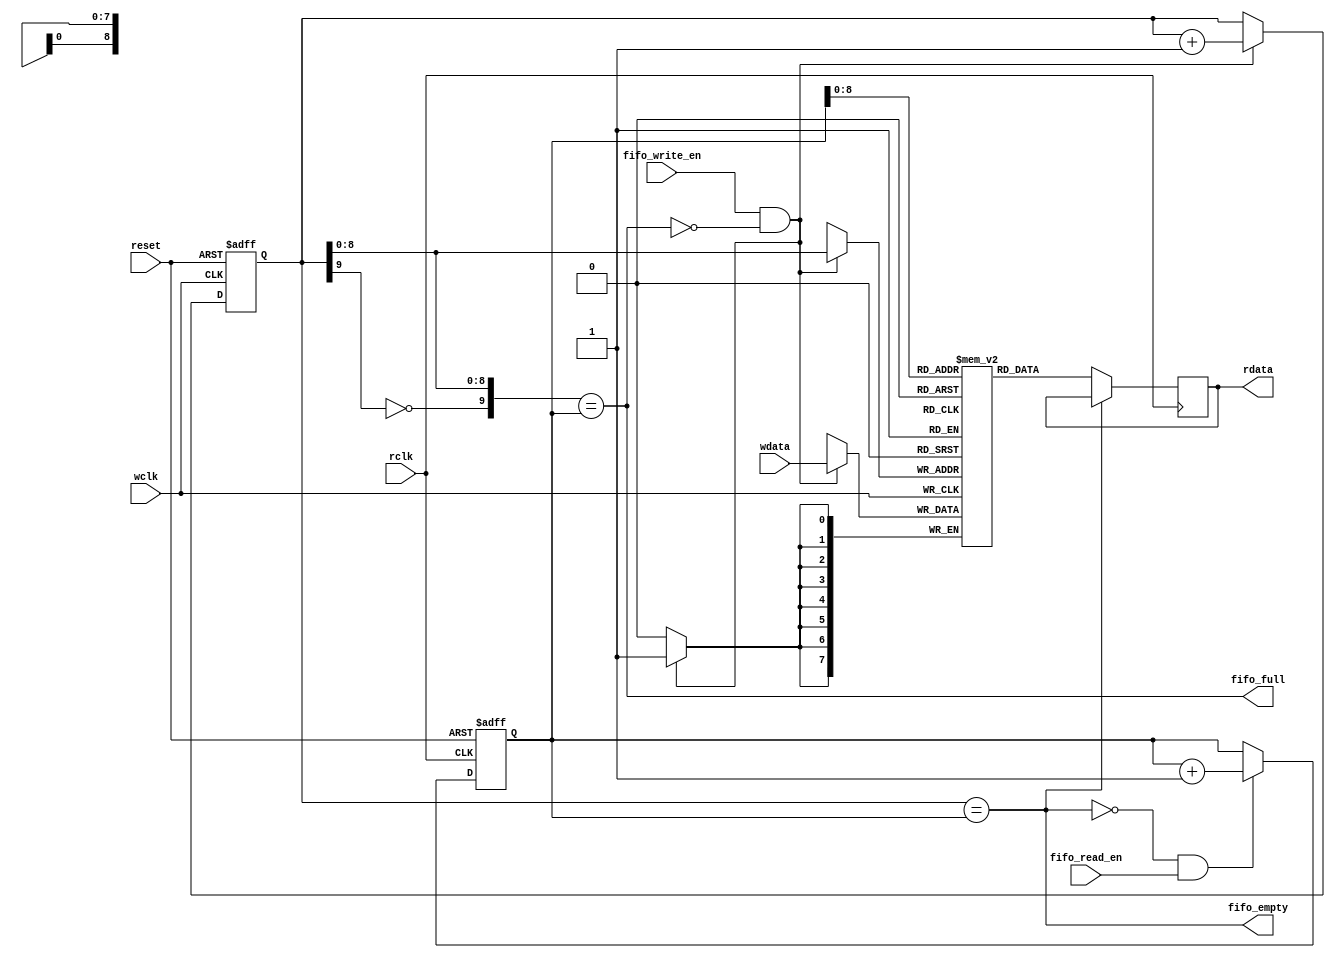
// Code your design here
`ifndef FIFO
`define FIFO


`define BUF_WIDTH 9
`define BUF_SIZE 1<<`BUF_WIDTH

module FIFO(wclk, rclk, fifo_write_en, fifo_read_en, wdata, rdata, fifo_full, fifo_empty, reset );
    input wire wclk, rclk, fifo_read_en, fifo_write_en, reset;
    output wire fifo_empty, fifo_full;

    reg [`BUF_WIDTH: 0] radd = 0;
    reg [`BUF_WIDTH: 0] wadd = 0;
    input wire [7:0] wdata;
    output reg [7:0] rdata;

    reg [7:0] mem[0:`BUF_SIZE -1];

    wire sysclk;
    
    assign sysclk = (rclk || wclk);

  	assign fifo_empty = (wadd == radd);
  	assign fifo_full = ({~wadd[`BUF_WIDTH],wadd[`BUF_WIDTH -1: 0]} == radd);

    always @( posedge rclk) begin
		if (!fifo_empty)
           rdata <= mem[radd];
    end

    always @( posedge wclk) begin
        if (fifo_write_en && !fifo_full)
            mem[wadd] <= wdata;
    end

    always @( posedge rclk or posedge reset) begin
        if (reset)
            radd <= 0;
        else
        if (!fifo_empty && fifo_read_en) radd <= radd + 1;
        else
            radd <= radd;
    end

    always @( posedge wclk or posedge reset) begin
        if (reset)
            wadd <= 0;
        else
        if (!fifo_full && fifo_write_en) wadd <= wadd + 1;
        else
            wadd <= wadd;
    end


endmodule

`endif